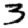
Digit: 3